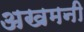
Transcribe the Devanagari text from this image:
अखमनी